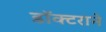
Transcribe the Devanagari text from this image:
डॉक्टराने